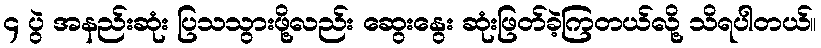
၄ ပွဲ အနည်းဆုံး ပြသသွားဖို့လည်း ဆွေးနွေး ဆုံးဖြတ်ခဲ့ကြတယ်လို့ သိရပါတယ်။